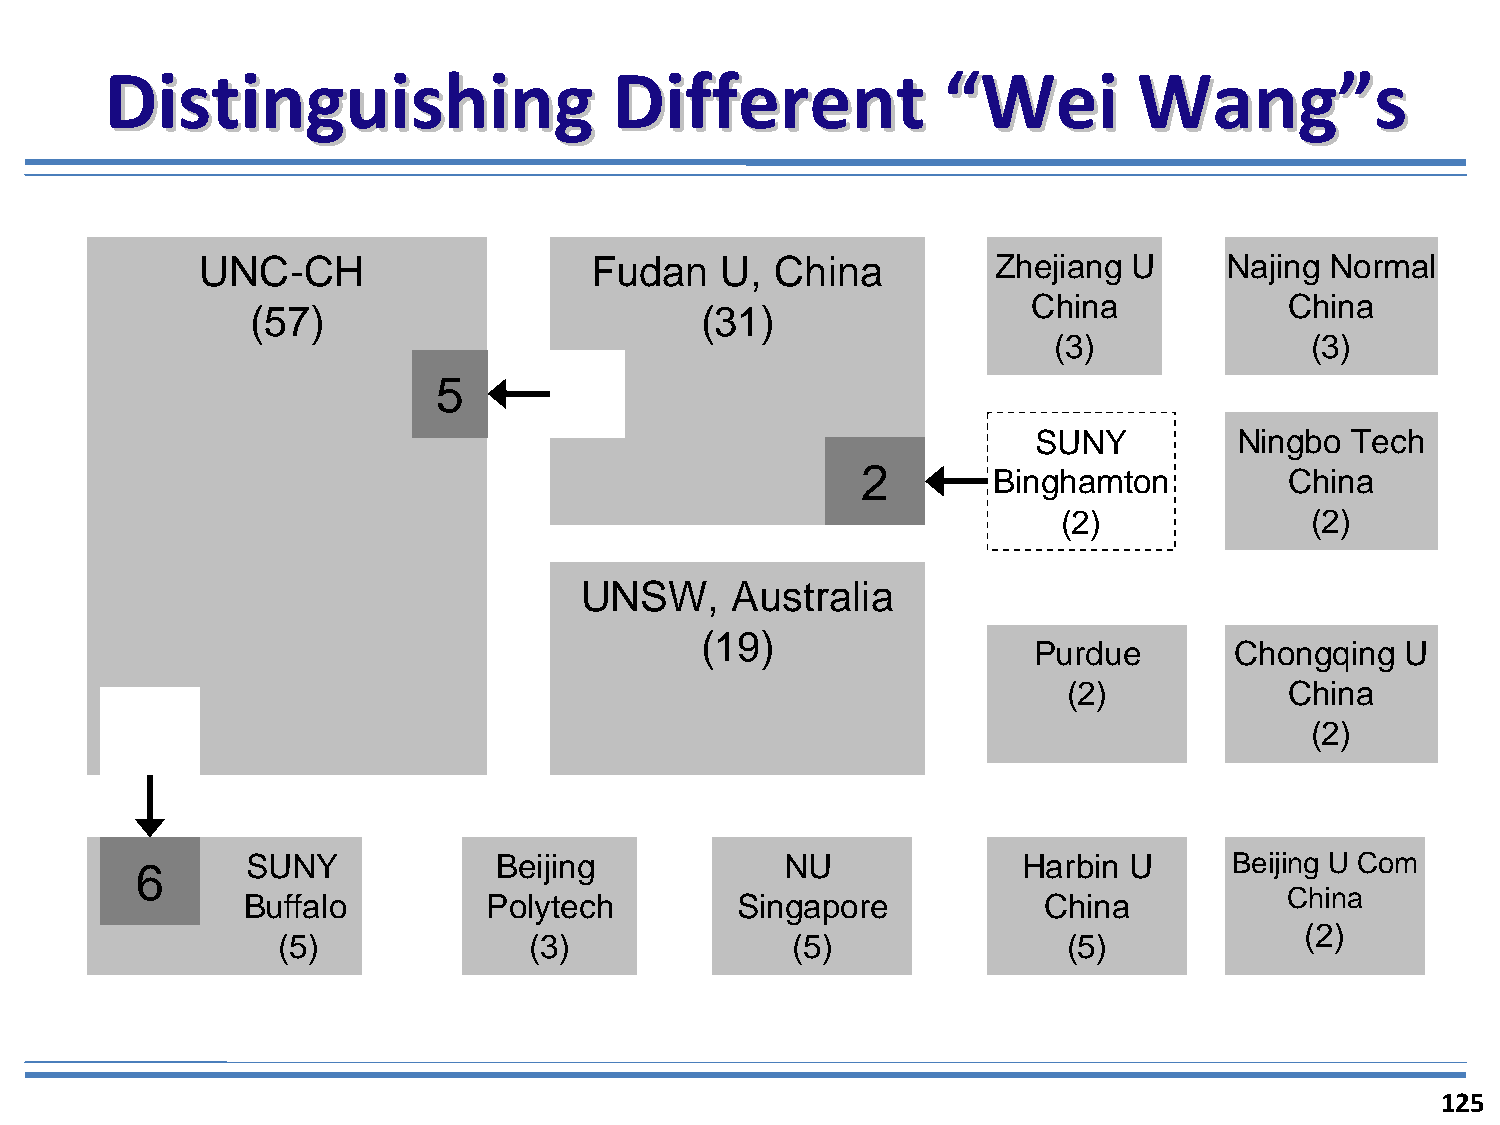
DDiissttiinngguuiisshhiinngg      DDiiffffeerreenntt   ““WWeeii     WWaanngg””ss
 UNC-CH                    Fudan    U, China          Zhejiang U     Najing Normal
 China            China
 (57)                         (31)
 (3)              (3)
 5
 SUNY          Ningbo Tech
 2        Binghamton         China
 (2)              (2)
 UNSW,     Australia
 (19)
 Purdue        Chongqing  U
 (2)           China
 (2)
 SUNY             Beijing            NU              Harbin U      Beijing U Com
 6
 China
 Buffalo         Polytech         Singapore           China
 (2)
 (5)              (3)              (5)                (5)
 125